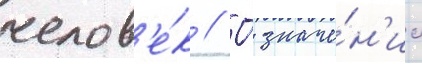
челов'е́к // О́ значе́н'ии